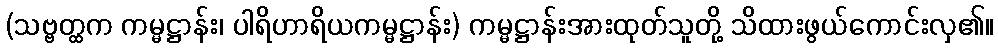
(သဗ္ဗတ္ထက ကမ္မဋ္ဌာန်း၊ ပါရိဟာရိယကမ္မဋ္ဌာန်း) ကမ္မဋ္ဌာန်းအားထုတ်သူတို့ သိထားဖွယ်ကောင်းလှ၏။